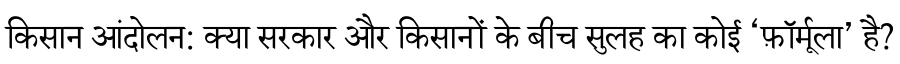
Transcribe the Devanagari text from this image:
किसान आंदोलन: क्या सरकार और किसानों के बीच सुलह का कोई ‘फ़ॉर्मूला’ है?